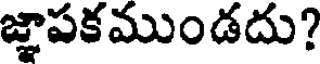
జ్ఞాపకముండదు?